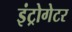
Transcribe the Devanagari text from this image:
इंट्रोगेटर